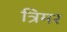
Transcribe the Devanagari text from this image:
त्रिमर